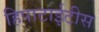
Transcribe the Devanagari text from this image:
हिपाटाईटीस